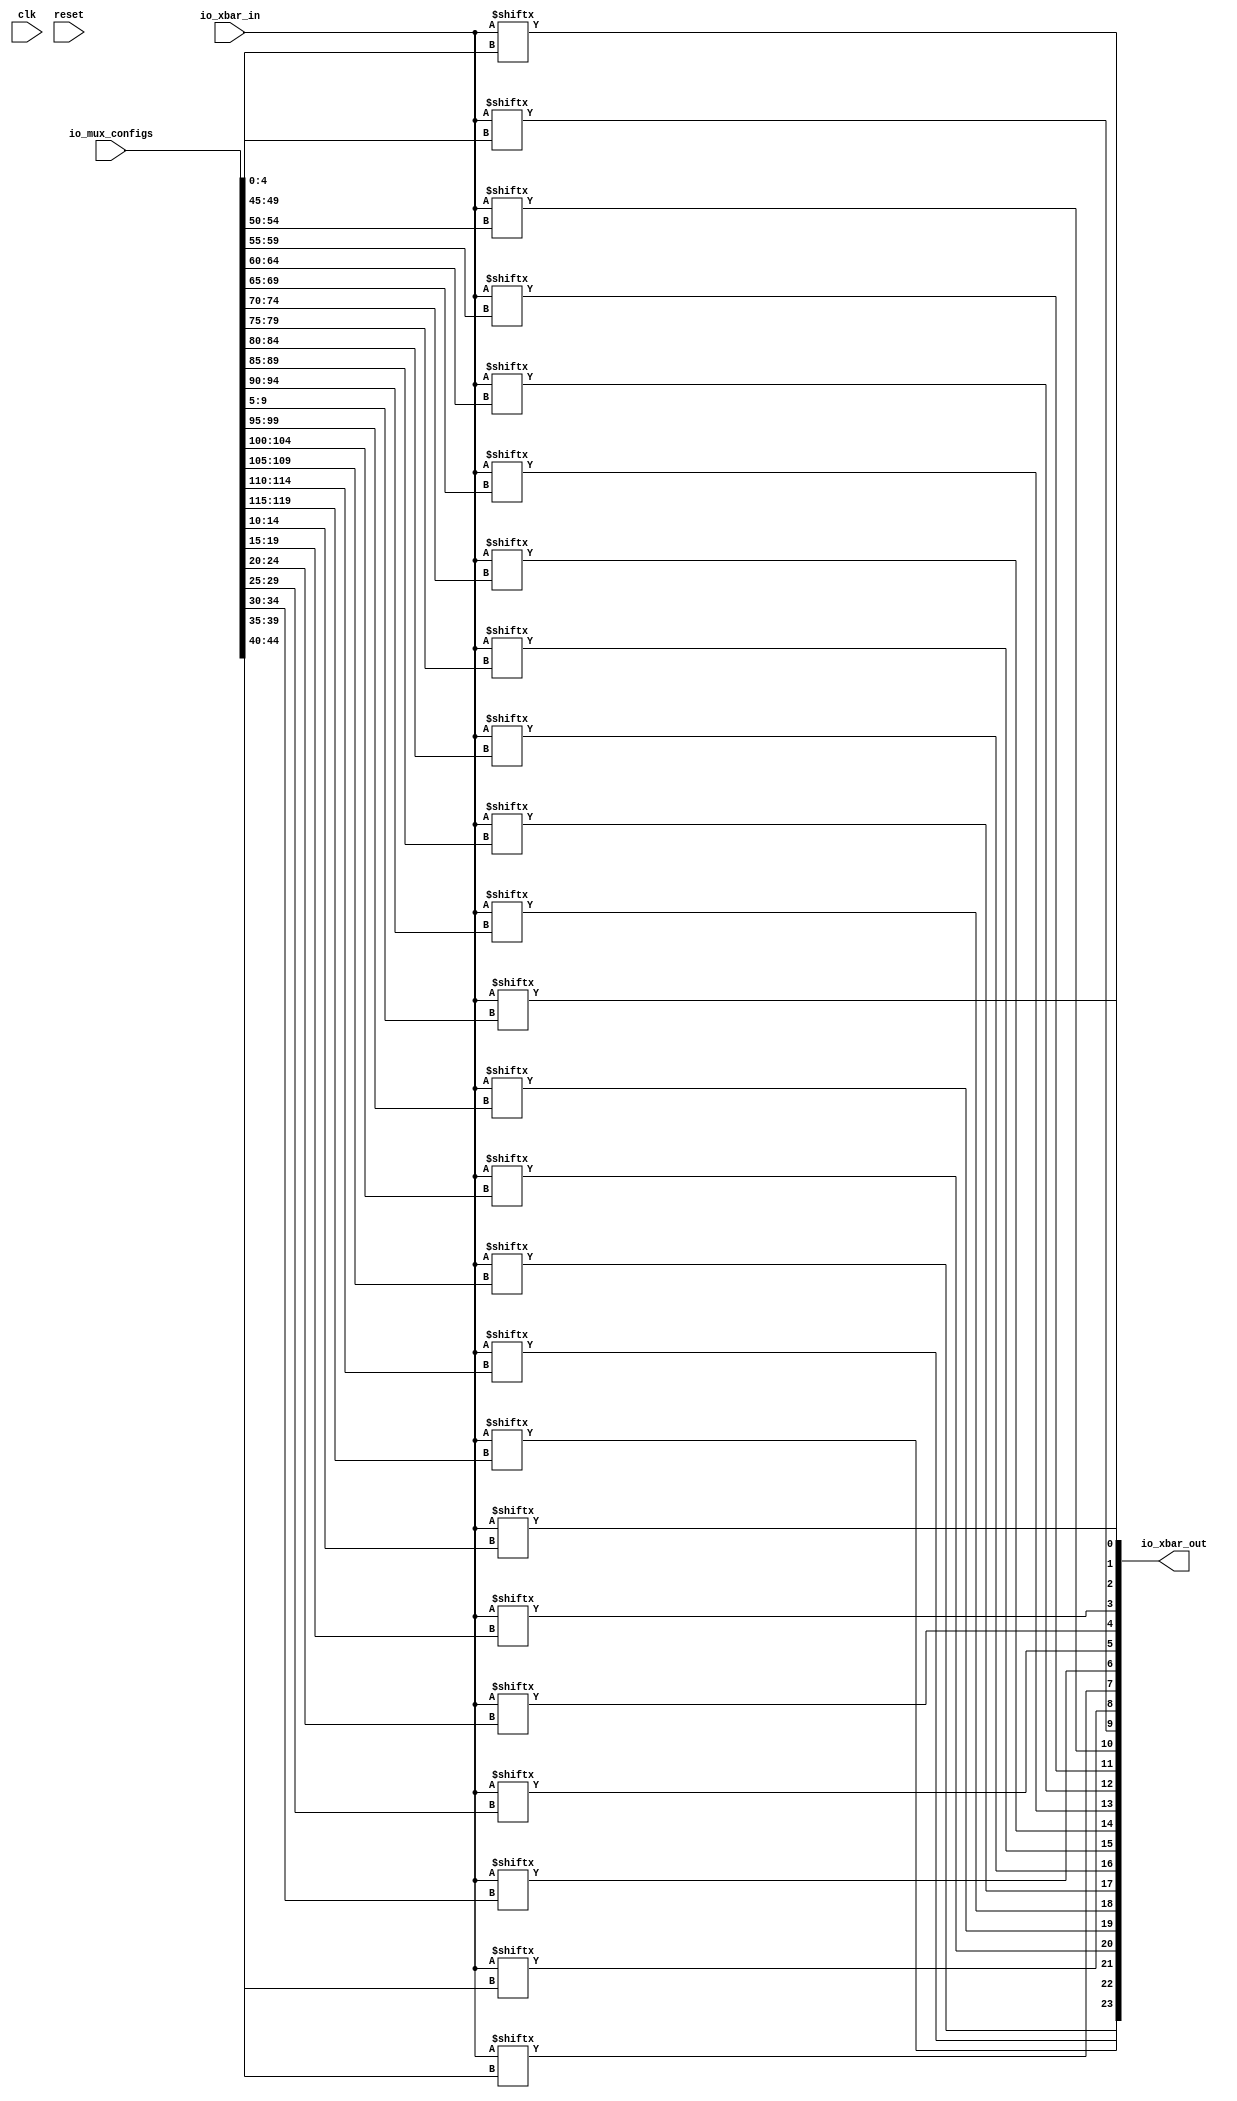
module xbar(input clk, input reset,
    input [18:0] io_xbar_in,
    output [23:0] io_xbar_out,
    input [119:0] io_mux_configs);

    assign io_xbar_out[0] = io_xbar_in[io_mux_configs[4:0]];
    assign io_xbar_out[1] = io_xbar_in[io_mux_configs[9:5]];
    assign io_xbar_out[2] = io_xbar_in[io_mux_configs[14:10]];
    assign io_xbar_out[3] = io_xbar_in[io_mux_configs[19:15]];
    assign io_xbar_out[4] = io_xbar_in[io_mux_configs[24:20]];
    assign io_xbar_out[5] = io_xbar_in[io_mux_configs[29:25]];
    assign io_xbar_out[6] = io_xbar_in[io_mux_configs[34:30]];
    assign io_xbar_out[7] = io_xbar_in[io_mux_configs[39:35]];
    assign io_xbar_out[8] = io_xbar_in[io_mux_configs[44:40]];
    assign io_xbar_out[9] = io_xbar_in[io_mux_configs[49:45]];
    assign io_xbar_out[10] = io_xbar_in[io_mux_configs[54:50]];
    assign io_xbar_out[11] = io_xbar_in[io_mux_configs[59:55]];
    assign io_xbar_out[12] = io_xbar_in[io_mux_configs[64:60]];
    assign io_xbar_out[13] = io_xbar_in[io_mux_configs[69:65]];
    assign io_xbar_out[14] = io_xbar_in[io_mux_configs[74:70]];
    assign io_xbar_out[15] = io_xbar_in[io_mux_configs[79:75]];
    assign io_xbar_out[16] = io_xbar_in[io_mux_configs[84:80]];
    assign io_xbar_out[17] = io_xbar_in[io_mux_configs[89:85]];
    assign io_xbar_out[18] = io_xbar_in[io_mux_configs[94:90]];
    assign io_xbar_out[19] = io_xbar_in[io_mux_configs[99:95]];
    assign io_xbar_out[20] = io_xbar_in[io_mux_configs[104:100]];
    assign io_xbar_out[21] = io_xbar_in[io_mux_configs[109:105]];
    assign io_xbar_out[22] = io_xbar_in[io_mux_configs[114:110]];
    assign io_xbar_out[23] = io_xbar_in[io_mux_configs[119:115]];

endmodule